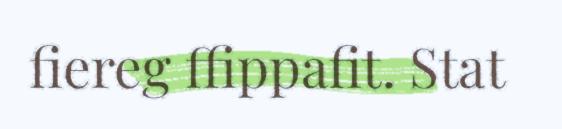
fiereg ffippafit. Stat